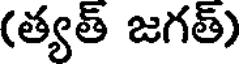
(త్యత్ జగత్)